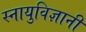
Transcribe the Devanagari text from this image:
स्नायुविज्ञानी